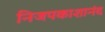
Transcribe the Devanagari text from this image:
निजपकाशानंद